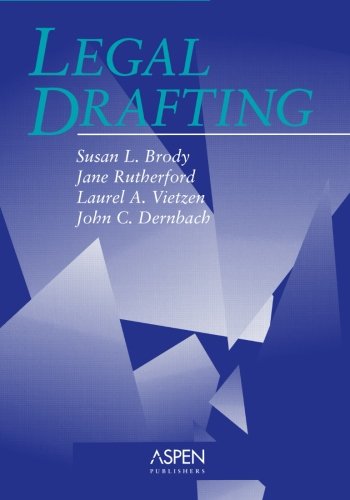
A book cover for Legal Drafting (Coursebook); Jane Rutherford; Law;